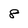
Character: 8